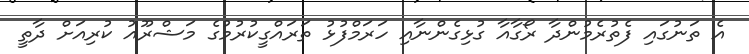
އެ ތަނުގައި ފެތުރެމުންދާ ރޯގާއާ ގުޅިގެންނާއި ހަރަމްފުޅު ތަރައްގީކުރުމުގެ މަޝްރޫއު ކުރިއަށް ދާތީ